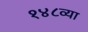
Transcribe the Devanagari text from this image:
१४८व्या